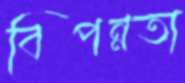
বিপন্নতা